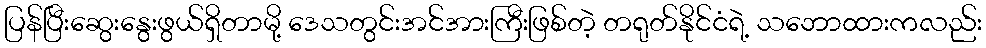
ပြန်ပြီးဆွေးနွေးဖွယ်ရှိတာမို့ ဒေသတွင်းအင်အားကြီးဖြစ်တဲ့ တရုတ်နိုင်ငံရဲ့ သဘောထားကလည်း